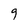
Character: 9